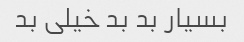
بسیار بد بد خیلی بد